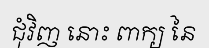
ជុំវិញ នោះ ពាក្យ នៃ